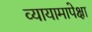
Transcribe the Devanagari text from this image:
व्यायामापेक्षा